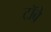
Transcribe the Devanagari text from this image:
टॉबे